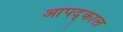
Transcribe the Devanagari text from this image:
आपद्काल